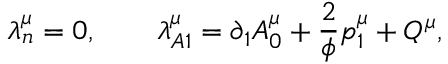
\lambda _ { n } ^ { \mu } = 0 , \qquad \lambda _ { A 1 } ^ { \mu } = \partial _ { 1 } A _ { 0 } ^ { \mu } + \frac 2 \phi p _ { 1 } ^ { \mu } + Q ^ { \mu } ,